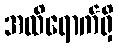
အထိရောက်ရှိ